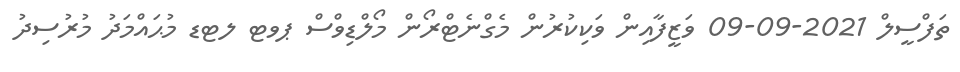
ތަފްސީލް 2021-09-09 ވަޒީފާއިން ވަކިކުރުން މެގްނެޓްރޯން މޯލްޑިވްސް ޕވޓ ލޓޑ މުޙައްމަދު މުރުސިދު